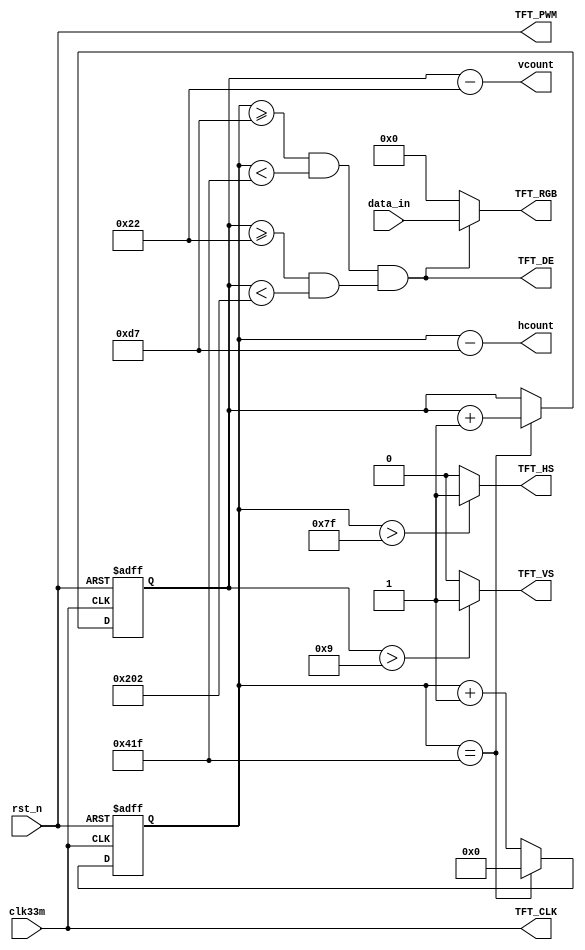
module TFT_CTRL(
	clk33m,
	rst_n,
	data_in,
	
	vcount,
	hcount,
	TFT_RGB,
	TFT_VS,
	TFT_HS,
	TFT_CLK,
	TFT_DE,
	TFT_PWM

);

	input clk33m;
	input rst_n;
	input [15:0]data_in;
	
	output [10:0]vcount;
	output [10:0]hcount;
	output [15:0]TFT_RGB;
	output TFT_VS;
	output TFT_HS;
	output TFT_CLK;
	output TFT_DE;
	output TFT_PWM;
	
	reg [10:0] hcount_r;
	reg [10:0] vcount_r;
	
	wire hcount_of;
	wire vcount_of;
	assign hcount_of = (hcount_r == H_Total_Time - 1);
	assign vcount_of = (vcount_of == V_Total_Time - 1);
	
	parameter 
				H_Total_Time    = 1056,
				H_Right_Border  = 0,
				H_Front_Porch   = 0,
				H_Sync_Time     = 128,
				H_Back_Porch    = 88,
				H_Left_Border   = 0,
				
				
				V_Total_Time    = 525,
				V_Bottom_Border = 8,
				V_Front_Porch   = 2,
				V_Sync_Time     = 2,
				V_Back_Porch    = 25,
				V_Top_Border    = 8;
				 
	parameter 
				TFT_HS_end = H_Left_Border + H_Sync_Time - 1'd1,
				hdat_begin = H_Left_Border + H_Sync_Time + H_Back_Porch - 1'd1,
				
				hdat_end = H_Total_Time - H_Right_Border - H_Front_Porch - 1'd1,
				hpixel_end = H_Total_Time - H_Right_Border + 1'd1,
				
				TFT_VS_end = V_Top_Border + V_Sync_Time - 1'd1,
				vdat_begin = V_Top_Border + V_Sync_Time + V_Back_Porch - 1'd1,
				
				vdat_end = V_Total_Time - V_Bottom_Border - V_Front_Porch - 1'd1,
				vline_end = V_Total_Time - V_Bottom_Border -  1'd1;
				 
				 

	always@(posedge clk33m or negedge rst_n)
		if(!rst_n)
			hcount_r <= 0 ;
		else if(hcount_of)
			hcount_r <= 0;
		else	
			hcount_r <= hcount_r + 1;
			

	
	always@(posedge clk33m or negedge rst_n)
		if(!rst_n)
			vcount_r <= 0;
		else if(hcount_of)
			if(vcount_of)
				vcount_r <=0;
			else
				vcount_r <= vcount_r + 1;
		else
			vcount_r <= vcount_r;
			
	assign TFT_HS = (hcount_r > TFT_HS_end)?1'b1:1'b0;
	assign TFT_VS = (vcount_r > TFT_VS_end)?1'b1:1'b0;
	
	assign dat_act=((hcount_r >= hdat_begin)&&(hcount_r < hdat_end))&&((vcount_r >= vdat_begin)&&(vcount_r < vdat_end));
	assign TFT_RGB = (dat_act)?data_in:16'h0000;
	
	assign hcount = hcount_r - hdat_begin;
	assign vcount = vcount_r - vdat_begin;
	
	
	assign TFT_CLK = clk33m;
	assign TFT_DE = dat_act;
	assign TFT_PWM = rst_n;

endmodule